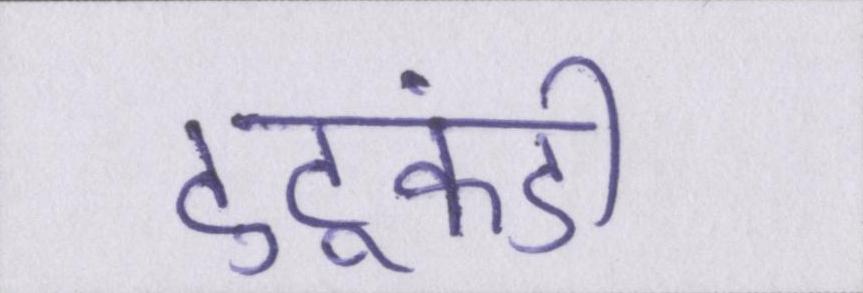
टुटूकंडी